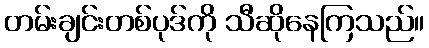
တမ်းချင်းတစ်ပုဒ်ကို သီဆိုနေကြသည်။